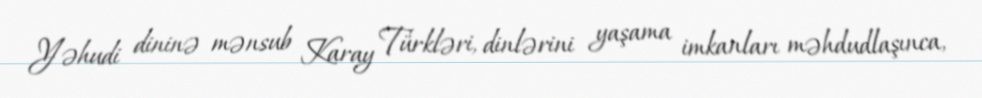
Yəhudi dininə mənsub Karay Türkləri, dinlərini yaşama imkanları məhdudlaşınca,